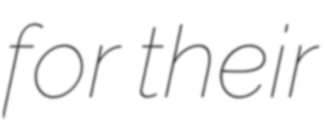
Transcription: for their